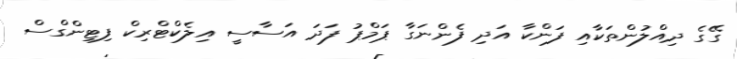
ގޭގެ ދިއްލުންތަކާއި ފަންކާ އަދި ފެންނަގާ ޕަމްޕު ފަދަ އަސާސީ އިލެކްޓްރިކް ފިޓިންގްސް